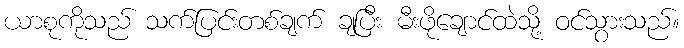
ယာစုကိုသည် သက်ပြင်းတစ်ချက် ချပြီး မီးဖိုချောင်ထဲသို့ ဝင်သွားသည်။